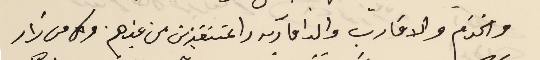
والخدَم والاقارب والدامآريه والمتنقزين من غيرهم. وكل من زار